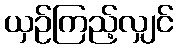
ယှဉ်ကြည့်လျှင်